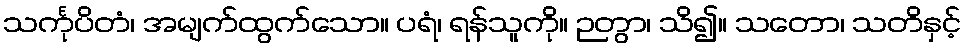
သင်္ကုပိတံ၊ အမျက်ထွက်သော။ ပရံ၊ ရန်သူကို။ ဉတွာ၊ သိ၍။ သတော၊ သတိနှင့်